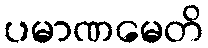
ပမာဏမေတိ